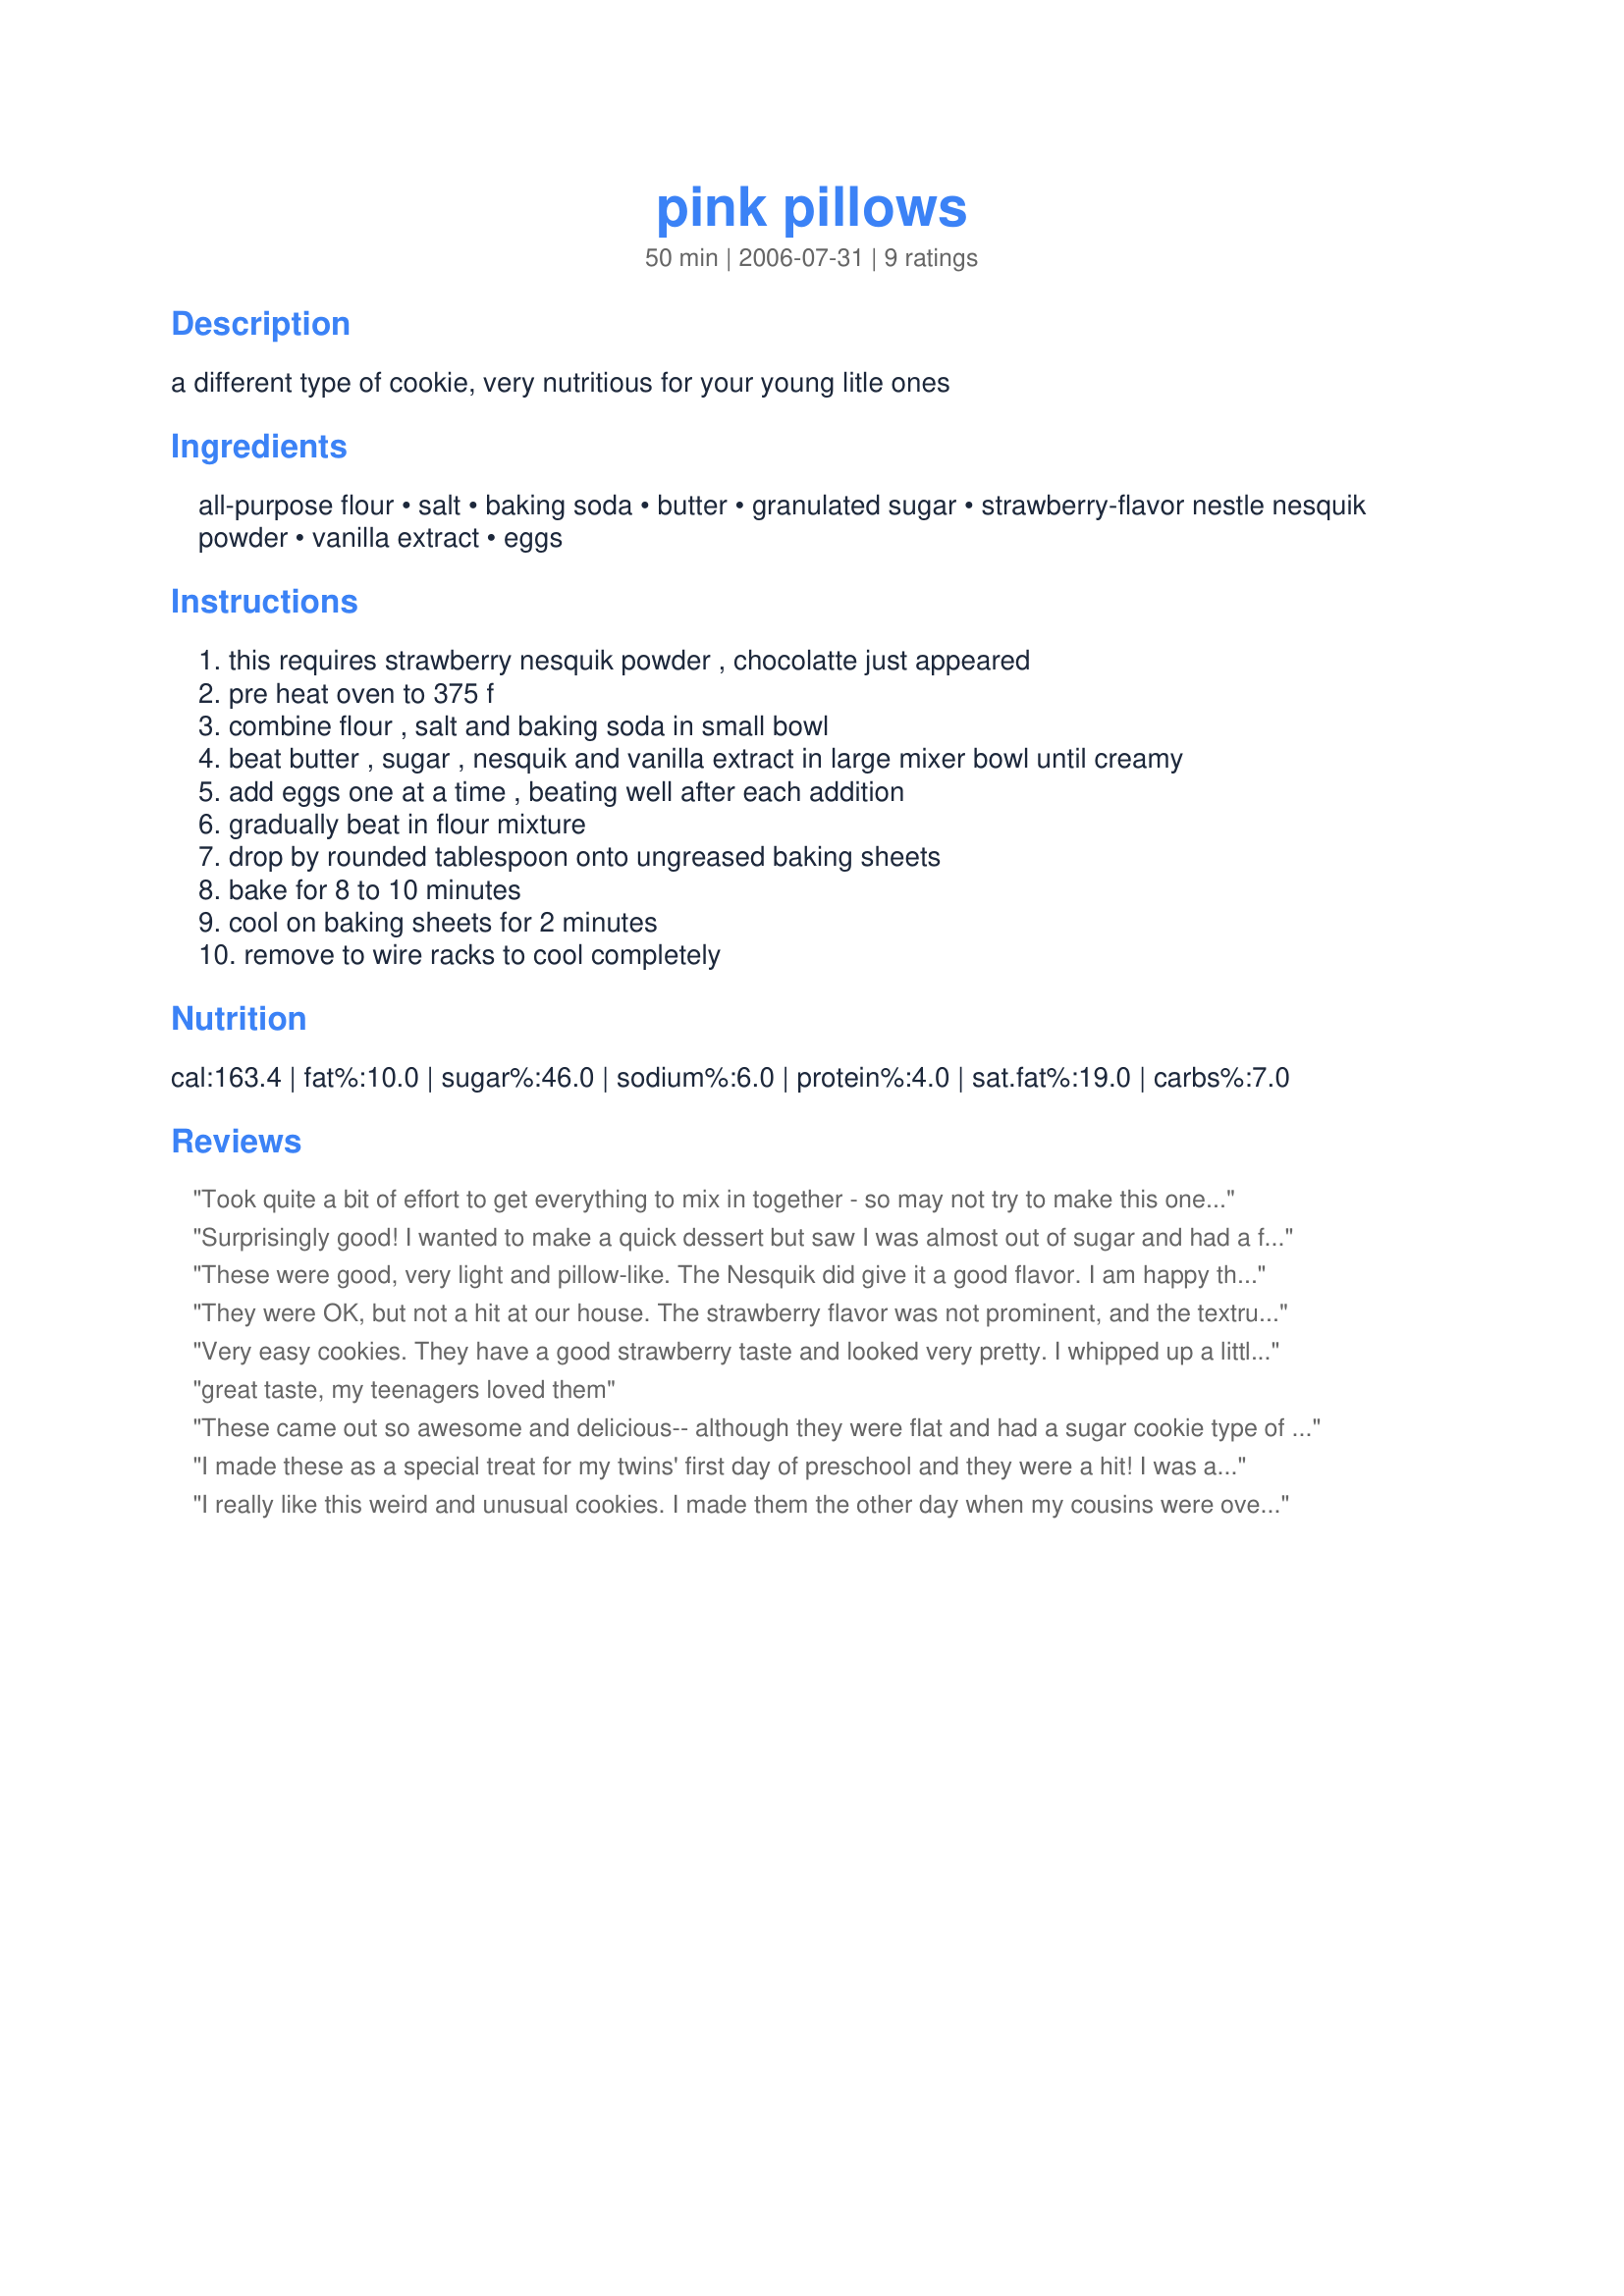
pink pillows
Preparation time: 50 minutes

a different type of cookie, very nutritious for your young litle ones

Ingredients:
all-purpose flour, salt, baking soda, butter, granulated sugar, strawberry-flavor nestle nesquik powder, vanilla extract, eggs

Steps:
this requires strawberry nesquik powder , chocolatte just appeared
pre heat oven to 375 f
combine flour , salt and baking soda in small bowl
beat butter , sugar , nesquik and vanilla extract in large mixer bowl until creamy
add eggs one at a time , beating well after each addition
gradually beat in flour mixture
drop by rounded tablespoon onto ungreased baking sheets
bake for 8 to 10 minutes
cool on baking sheets for 2 minutes
remove to wire racks to cool completely

Reviews:
Took quite a bit of effort to get everything to mix in together - so may not try to make this one with my two grand-daughters quite yet (8 and 9). But, well worth the effort for these pretty little pillows of flavour. Made them for my 44 lady guests at my Pink Breakfast at home - and they were a big hit and looked very pretty and intresting. Will make them again.
Surprisingly good! I wanted to make a quick dessert but saw I was almost out of sugar and had a full container of pink quik powder so i made these. They came out very nice--cakelike texture and not overly sweet. And they're pretty, too. Thanks for an interesting recipe!
These were good, very light and pillow-like. The Nesquik did give it a good flavor. I am happy that these aren't very fattening cookies and can give it to my children without the guilt. Thanks!
They were OK, but not a hit at our house. The strawberry flavor was not prominent, and the textrue was more cake-like than cookie like. I can see where frosting would help jazz it up. Since the Nesquik is full of sugar, maybe using 1 cup of Nesquik instead of 1/2 each of Nesquik and sugar?
Very easy cookies. They have a good strawberry taste and looked very pretty. I whipped up a little pink frosting for the top and the cookies didn't last the night here. Made and reviewed for Think Pink 08. Thanks :)
great taste, my teenagers loved them
These came out so awesome and delicious-- although they were flat and had a sugar cookie type of texture; totally not the cool-looking mounds like in the photos. I don't know if this had to do with the fact that I used butter instead of margarine, too little heat dispersion in the convection oven, or what. But either way they were delicious!
I made these as a special treat for my twins' first day of preschool and they were a hit! I was afraid they would be a little too sweet with the quick powder but I needn't have worried. They are just right. I did rename them however. My girls LOVE the BBC's Charlie & Lola, and Lola's favorite drink is pink milk. So in our house these are now "Pink Milk Cookies" :.)
I really like this weird and unusual cookies. I made them the other day when my cousins were over (most under the age of 8) and they ate them all and asked for more! They're so easy and they have a really unique look and taste. I will definitely be making these again
